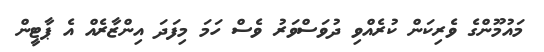
މައުމޫންގެ ވެރިކަން ކުރެއްވި ދުވަސްވަރު ވެސް ހަމަ މިފަދަ އިންޒާރެއް އެ ޕާޓީން